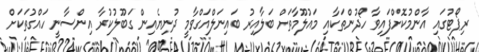
ރިޕޯޓުގައި އާންމުކޮށްފައިވާ ހޯދުންތަކާއި މައުލޫމާތަށް ބަލާއިރު ބައިނަލްއަގްވާމީ ދުނިޔެއިން ގަބޫލުކުރާ އިންސާނީ ހައްގުތަކަށް